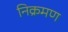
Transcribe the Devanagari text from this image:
निक्रमण